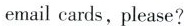
email cards,please?